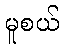
မူစယ်